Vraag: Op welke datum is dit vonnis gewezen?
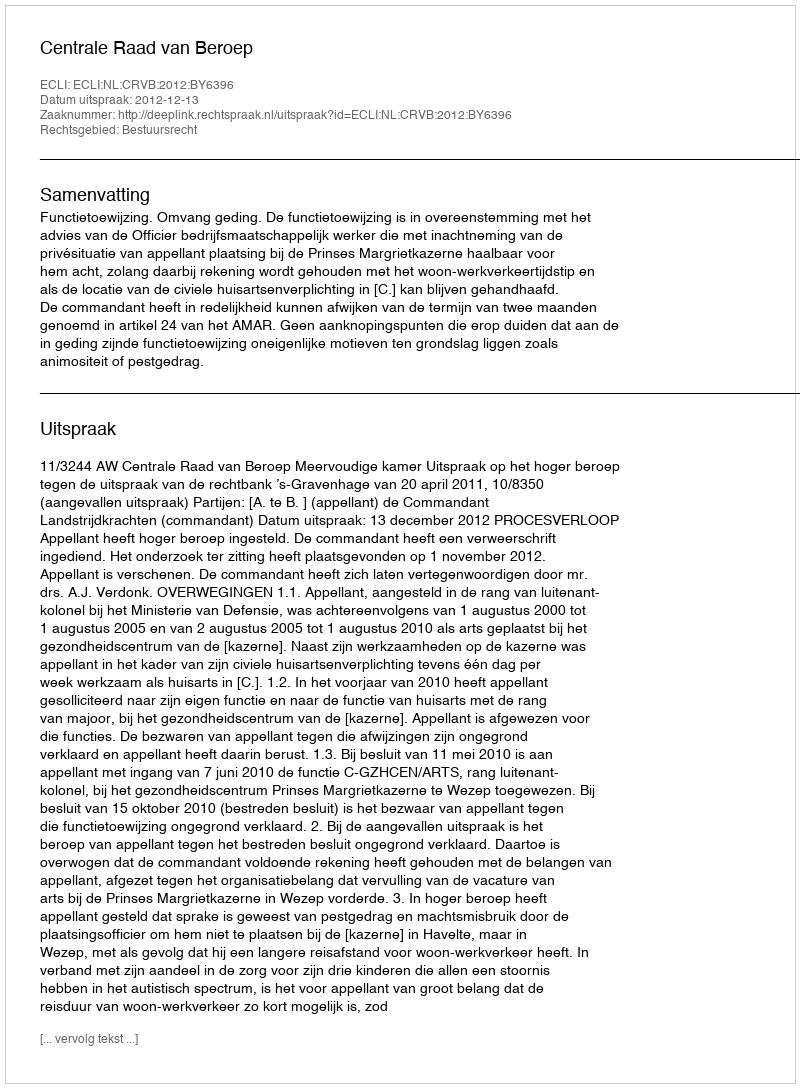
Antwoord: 2012-12-13